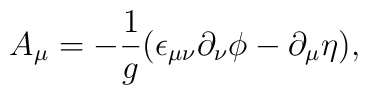
A_{\mu }=-\frac{1}{g}(\epsilon _{\mu \nu }\partial _{\nu }\phi -\partial_{\mu }\eta ),